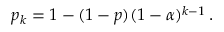
p _ { k } = 1 - ( 1 - p ) ( 1 - \alpha ) ^ { k - 1 } \, .